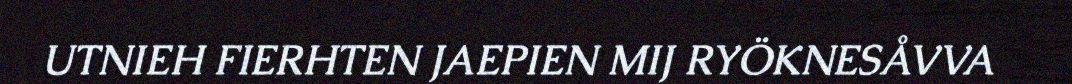
UTNIEH FIERHTEN JAEPIEN MIJ RYÖKNESÅVVA